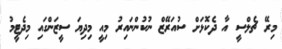
މިރޭ ޗެލްސީ އާ ދެކޮޅަށް ސުއަރޭޒް ނުކުންނައިރު މިއީ މިދިޔަ ސީޒަންގައި މިދެޓީމު